DOW-UAP-D48, Department of the Air Force Report, 1996
Agency: Department of War
Incident date: 9/10/96
Page 124
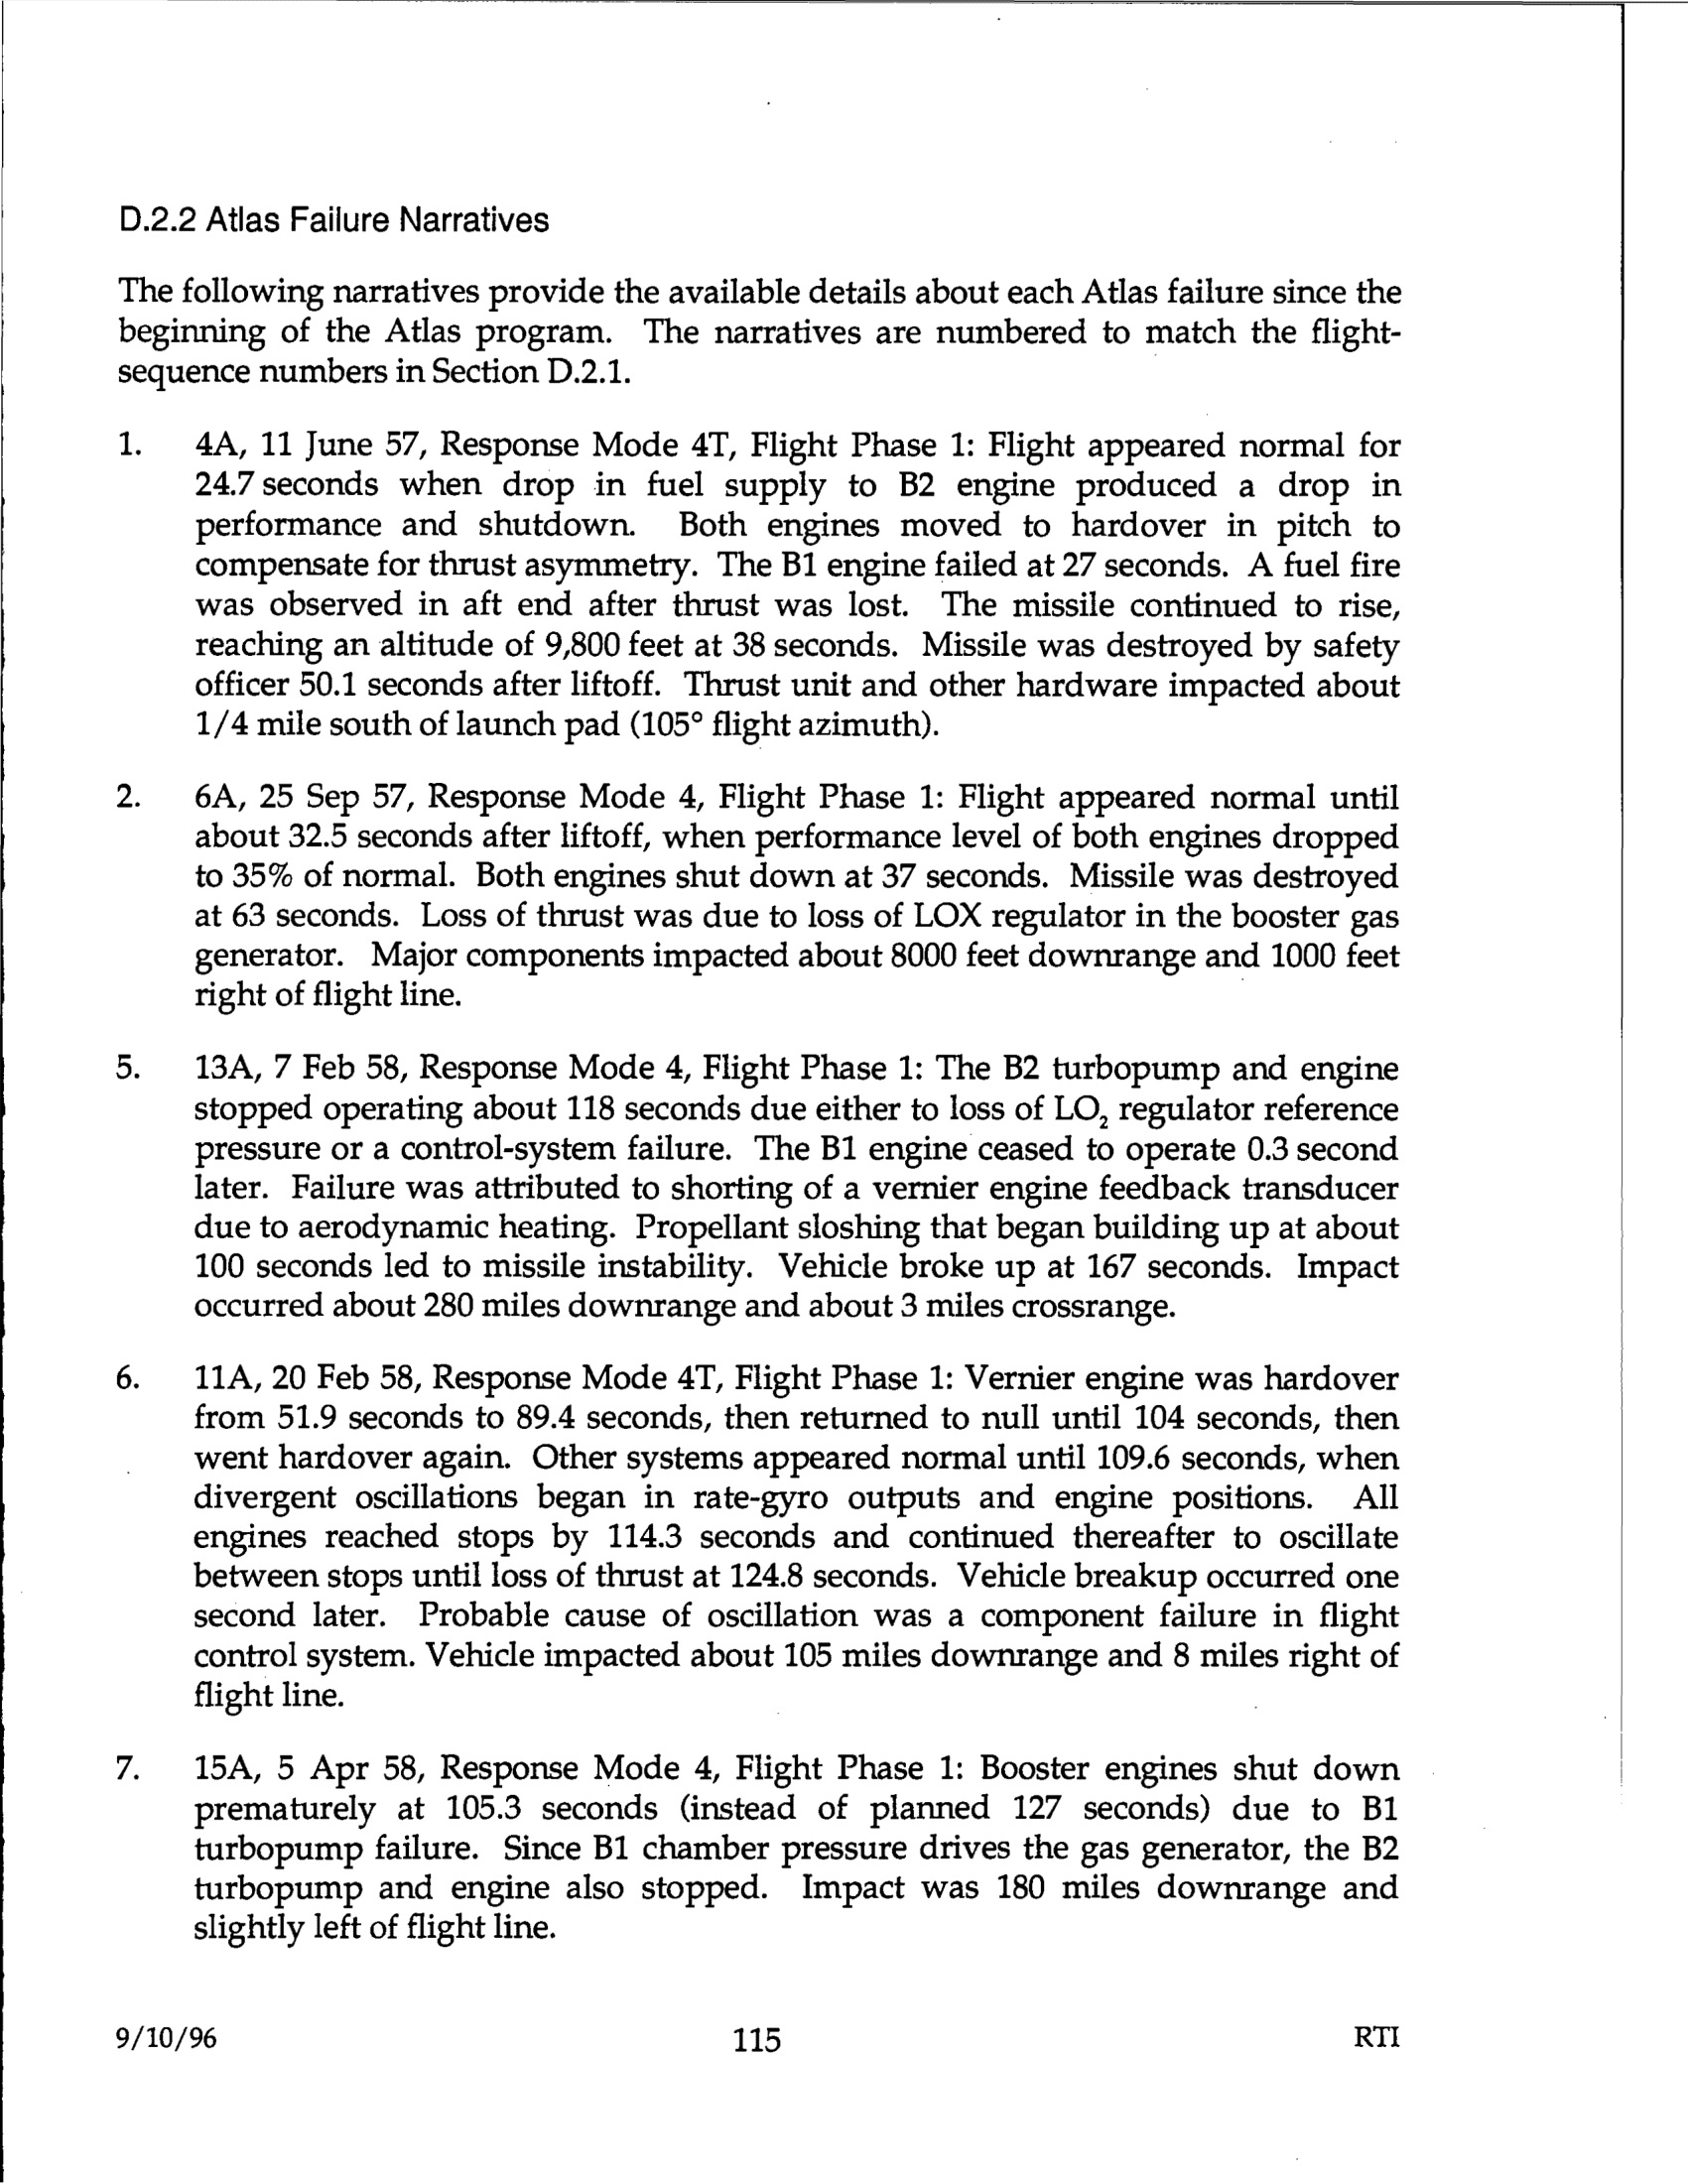